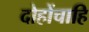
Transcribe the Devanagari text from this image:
दोहोंचाहि